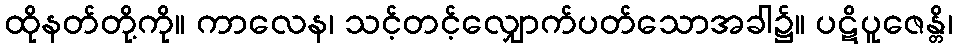
ထိုနတ်တို့ကို။ ကာလေန၊ သင့်တင့်လျှောက်ပတ်သောအခါ၌။ ပဋိပူဇေန္တိ၊